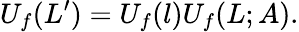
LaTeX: U_{f}(L^{\prime})=U_{f}(l)U_{f}(L;A).